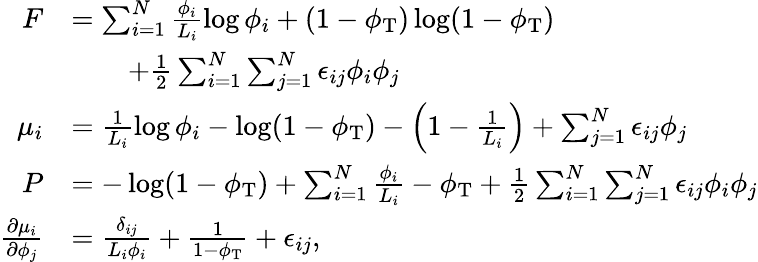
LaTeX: \begin{array}{rl}{F}&{=\sum_{i=1}^{N}\frac{\phi_{i}}{L_{i}}\log\phi_{i}+(1-\phi_{\mathrm{T}})\log(1-\phi_{\mathrm{T}})}\\ &{\qquad+\frac{1}{2}\sum_{i=1}^{N}\sum_{j=1}^{N}\epsilon_{ij}\phi_{i}\phi_{j}}\\ {\mu_{i}}&{=\frac{1}{L_{i}}\log\phi_{i}-\log(1-\phi_{\mathrm{T}})-\left(1-\frac{1}{L_{i}}\right)+\sum_{j=1}^{N}\epsilon_{ij}\phi_{j}}\\ {P}&{=-\log(1-\phi_{\mathrm{T}})+\sum_{i=1}^{N}\frac{\phi_{i}}{L_{i}}-\phi_{\mathrm{T}}+\frac{1}{2}\sum_{i=1}^{N}\sum_{j=1}^{N}\epsilon_{ij}\phi_{i}\phi_{j}}\\ {\frac{\partial\mu_{i}}{\partial\phi_{j}}}&{=\frac{\delta_{ij}}{L_{i}\phi_{i}}+\frac{1}{1-\phi_{\mathrm{T}}}+\epsilon_{ij},}\end{array}